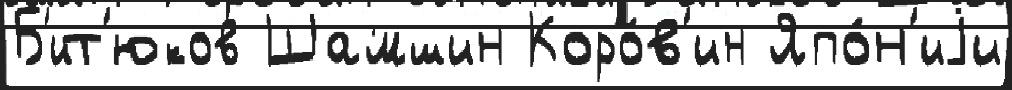
Б'ит'юков Шамшин Коро́в'ин Япо́н'иjи